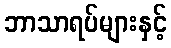
ဘာသာရပ်များနှင့်